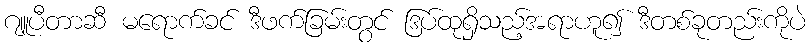
ဂျူပီတာဆီ မရောက်ခင် ဒီဖက်ခြမ်းတွင် ဒြပ်ထုရှိသည့်အရာဟူ၍ ဒီတစ်ခုတည်းကိုပဲ